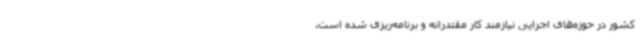
کشور در حوزه‌های اجرایی نیازمند کار مقتدرانه و برنامه‌ریزی شده است.